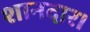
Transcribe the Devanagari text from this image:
शानदार।